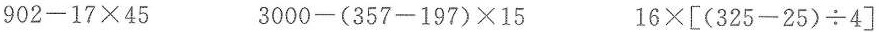
$$9 0 2 - 1 7 \times 4 5$$ $$3 0 0 0 - ( 3 5 7 - 1 9 7 ) \times 1 5$$ $$1 6 \times [ ( 3 2 5 - 2 5 ) \div 4 ]$$